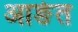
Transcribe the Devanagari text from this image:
आङेत